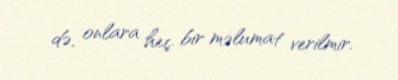
də, onlara heç bir məlumat verilmir.